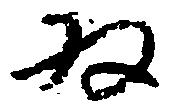
為